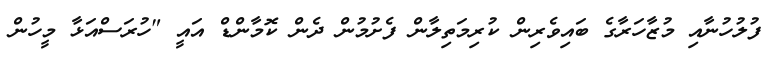
ފުލުހުނާއި މުޒާހަރާގެ ބައިވެރިން ކުރިމަތިލާން ފެށުމުން ދެން ކޮމާންޑް އައީ "ހުރަސްއަޅާ މީހުން